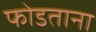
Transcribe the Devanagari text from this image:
फोडताना